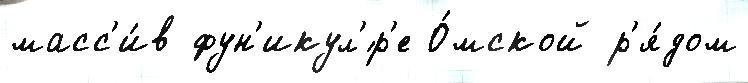
масс'и́в фун'икул'́р'е О́мской р'я́дом